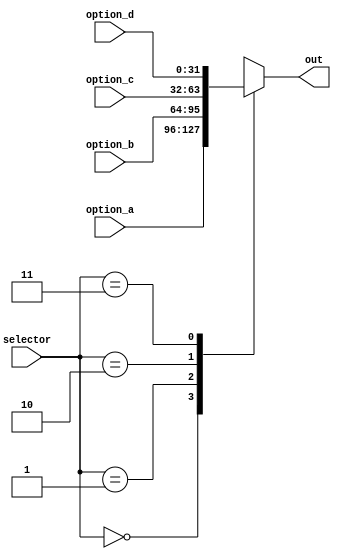
module mux2_32bits
	(
		input [31:0] option_a,
		input [31:0] option_b,
		input [31:0] option_c,
		input [31:0] option_d,
		input [1:0]  selector,
		output reg [31:0] out
	); 
	
	always @*
	begin
		case(selector)
			2'b00:	
				out <= option_a;
				
			2'b01: 
				out <= option_b;
				
			2'b10:
				out <= option_c;
				
			2'b11:
				out <= option_d;
		endcase
	end
	 
endmodule